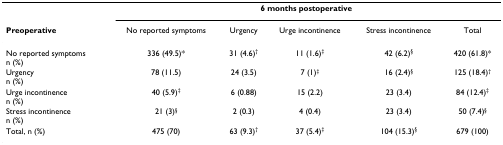
|  | <COLSPAN=5> 6 months postoperative |
 | Preoperative | No reported symptoms | Urgency | Urge incontinence | Stress incontinence | Total |
 | --- | --- | --- | --- | --- | --- |
 | No reported symptomsn (%) | 336 (49.5)* | 31 (4.6)† | 11 (1.6)‡ | 42 (6.2)§ | 420 (61.8)* |
 | Urgencyn (%) | 78 (11.5) | 24 (3.5) | 7 (1)‡ | 16 (2.4)§ | 125 (18.4)† |
 | Urge incontinencen (%) | 40 (5.9)‡ | 6 (0.88) | 15 (2.2) | 23 (3.4) | 84 (12.4)‡ |
 | Stress incontinencen (%) | 21 (3)§ | 2 (0.3) | 4 (0.4) | 23 (3.4) | 50 (7.4)§ |
 | Total, n (%) | 475 (70) | 63 (9.3)† | 37 (5.4)‡ | 104 (15.3)§ | 679 (100) |